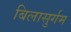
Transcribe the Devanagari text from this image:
बिलासुर्गम